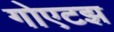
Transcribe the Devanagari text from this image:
गोएटझ